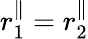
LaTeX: r_{1}^{\parallel}=r_{2}^{\parallel}